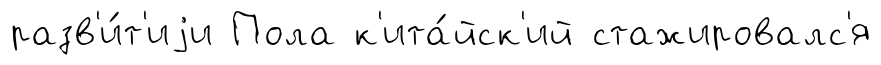
разв'и́т'иjи Пола к'ита́йск'ий стажировалс'я